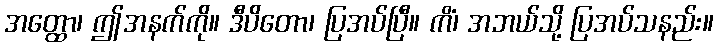
အတ္ထော၊ ဤအနက်ကို။ ဒီပိတော၊ ပြအပ်ပြီ။ ကိံ၊ အဘယ်သို့ ပြအပ်သနည်း။